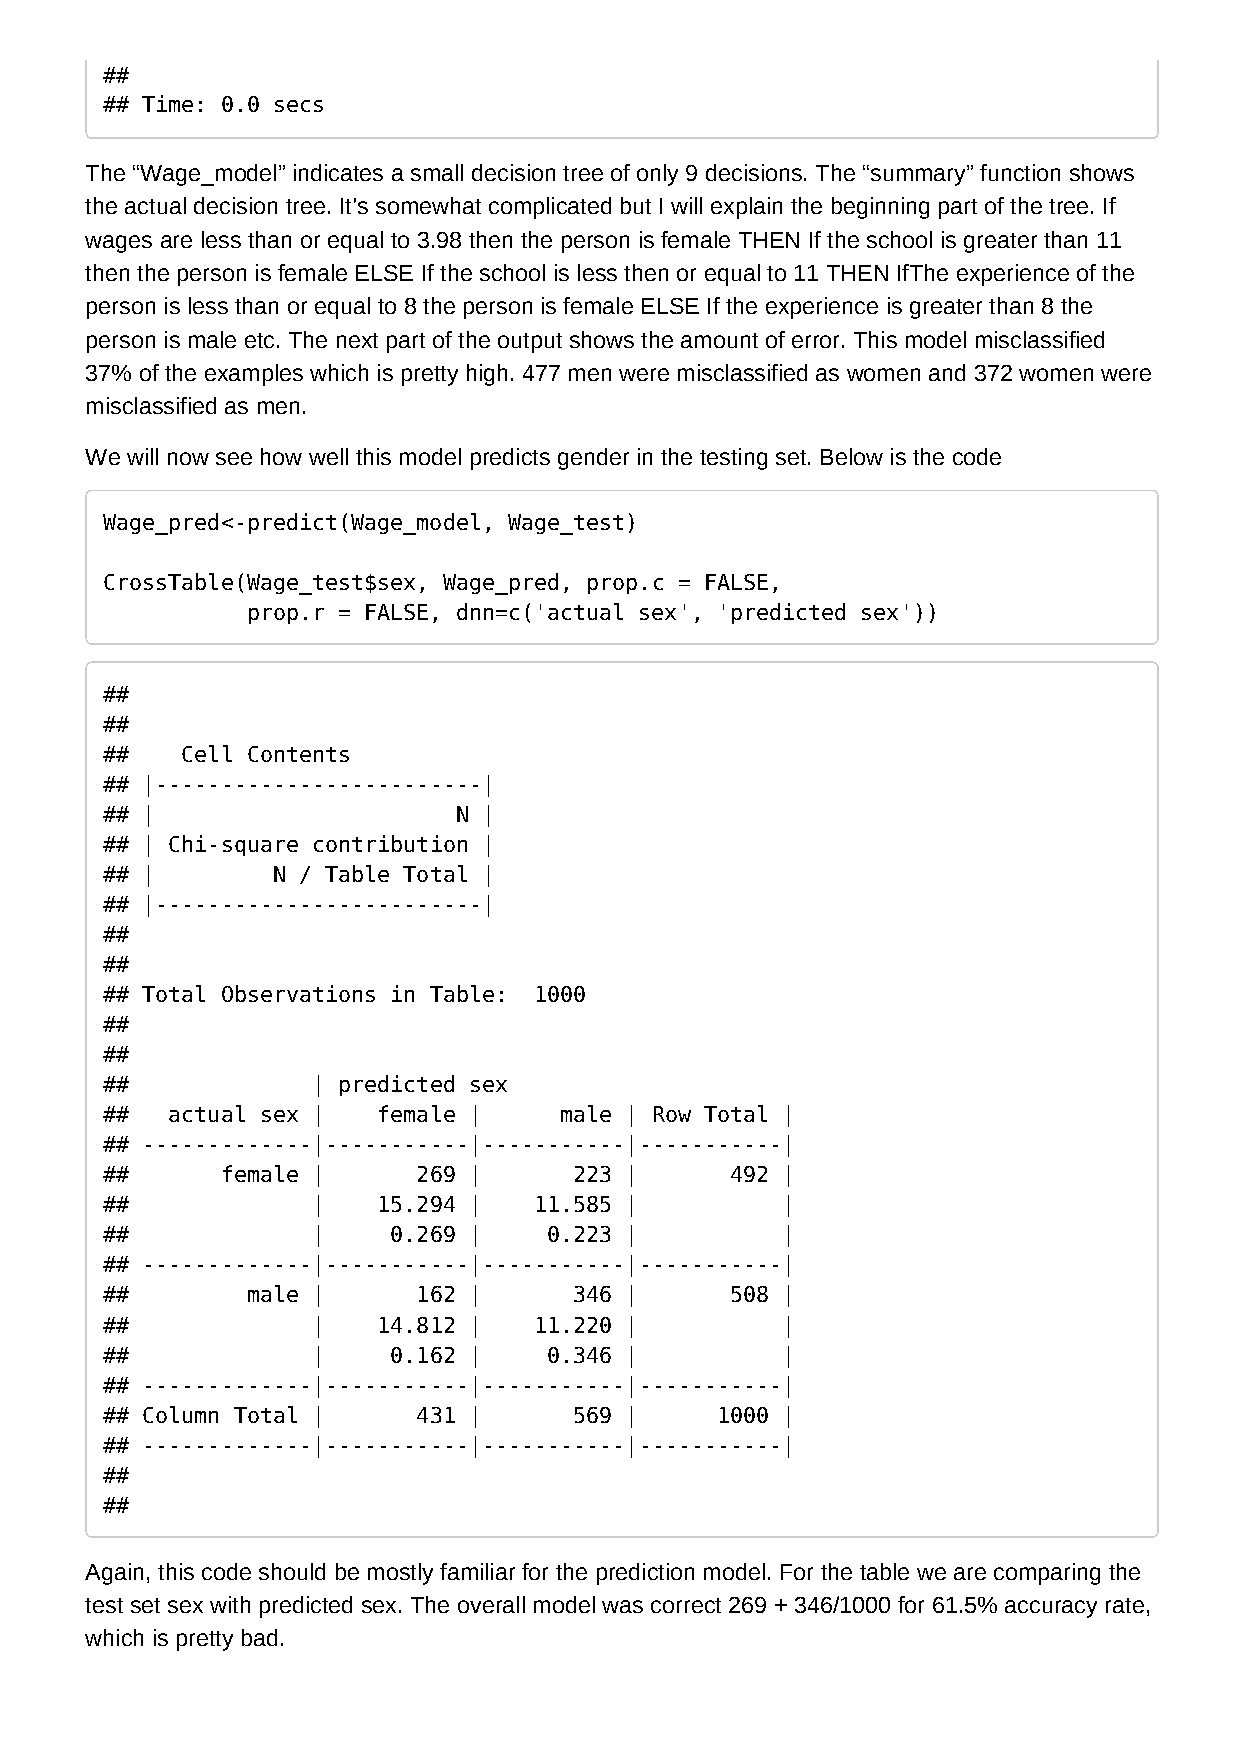
##
 ## Time: 0.0 secs
 The “Wage_model” indicates a small decision tree of only 9 decisions. The “summary” function shows
 the actual decision tree. It’s somewhat complicated but I will explain the beginning part of the tree. If
 wages are less than or equal to 3.98 then the person is female THEN If the school is greater than 11
 then the person is female ELSE If the school is less then or equal to 11 THEN IfThe experience of the
 person is less than or equal to 8 the person is female ELSE If the experience is greater than 8 the
 person is male etc. The next part of the output shows the amount of error. This model misclassified
 37% of the examples which is pretty high. 477 men were misclassified as women and 372 women were
 misclassified as men.
 We will now see how well this model predicts gender in the testing set. Below is the code
 Wage_pred<-predict(Wage_model, Wage_test)
 CrossTable(Wage_test$sex, Wage_pred, prop.c = FALSE,
 prop.r = FALSE, dnn=c('actual sex', 'predicted sex'))
 ##
 ##
 ##   Cell Contents
 ## |-------------------------|
 ## |                   N |
 ## | Chi-square contribution |
 ## |       N / Table Total |
 ## |-------------------------|
 ##
 ##
 ## Total Observations in Table: 1000
 ##
 ##
 ##            | predicted sex
 ##  actual sex |  female |    male | Row Total |
 ## -------------|-----------|-----------|-----------|
 ##      female |     269 |     223 |     492 |
 ##            |   15.294 |  11.585 |         |
 ##            |    0.269 |   0.223 |         |
 ## -------------|-----------|-----------|-----------|
 ##       male |      162 |     346 |     508 |
 ##            |   14.812 |  11.220 |         |
 ##            |    0.162 |   0.346 |         |
 ## -------------|-----------|-----------|-----------|
 ## Column Total |    431 |     569 |    1000 |
 ## -------------|-----------|-----------|-----------|
 ##
 ##
 Again, this code should be mostly familiar for the prediction model. For the table we are comparing the
 test set sex with predicted sex. The overall model was correct 269 + 346/1000 for 61.5% accuracy rate,
 which is pretty bad.